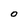
Character: O